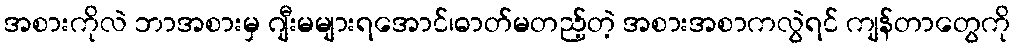
အစားကိုလဲ ဘာအစားမှ ဂျီးမများရအောင်၊ဓာတ်မတည့်တဲ့ အစားအစာကလွဲရင် ကျန်တာတွေကို